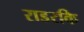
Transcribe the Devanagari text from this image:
राडरकि